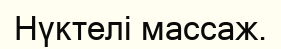
Нүктелі массаж.